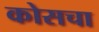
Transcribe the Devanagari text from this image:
कोसचा